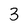
Character: 3